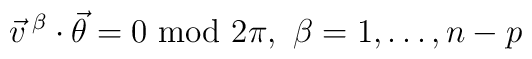
\vec{v}\,^\beta \cdot \vec{\theta} = 0 \hbox{ mod } 2 \pi,\ \beta=1, \ldots, n-p